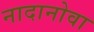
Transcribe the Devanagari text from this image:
नादानोवा